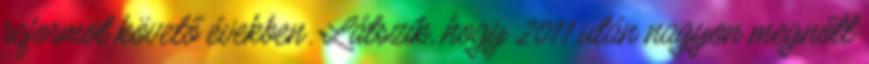
reformot követő években. Látszik, hogy 2011 után nagyon megnőtt